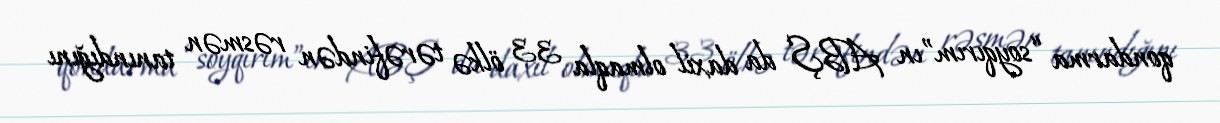
qondarma “soyqırım”ın ABŞ da daxil olmaqla 33 ölkə tərəfindən rəsmən tanındığını